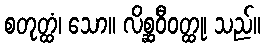
စတုတ္ထံ၊ သော။ လိစ္ဆဝီဝတ္ထု၊ သည်။